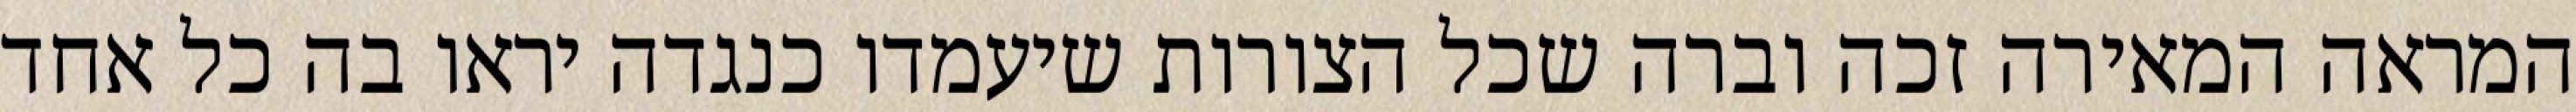
המראה המאירה זכה וברה שכל הצורות שיעמדו כנגדה יראו בה כל אחד